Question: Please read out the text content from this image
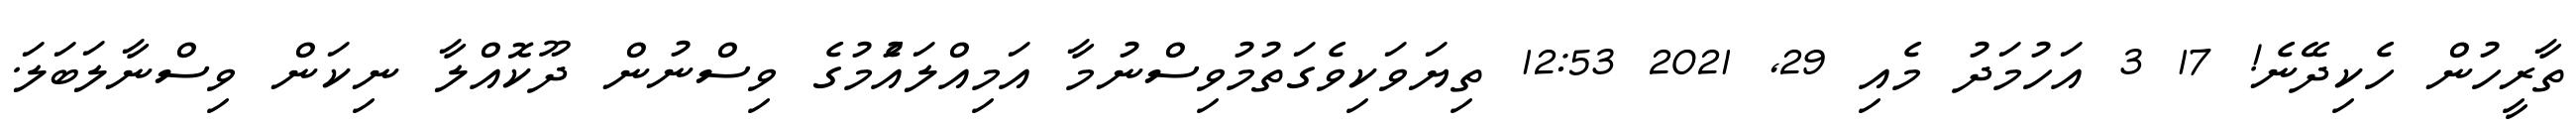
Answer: ތާރީހުން ހެކިދޭނެ! 17 3 އަހުމަދު މެއި 29, 2021 12:53 ތިޔަވަކިވެގަތުމުވިސްނުމާ އަމިއްލައެުމުގެ ވިސްނުން ދޫކޮއްލާ ނިކަން ވިސްނާލަބަލަ.